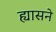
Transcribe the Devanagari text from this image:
ह्यासने